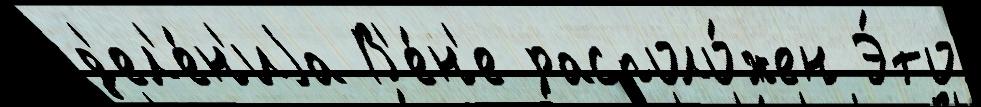
д'ел'е́н'иjа В'е́н'е располо́жен Э́то